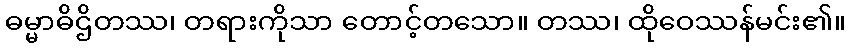
ဓမ္မာဓိဌိတဿ၊ တရားကိုသာ တောင့်တသော။ တဿ၊ ထိုဝေဿန်မင်း၏။